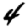
Digit: 4